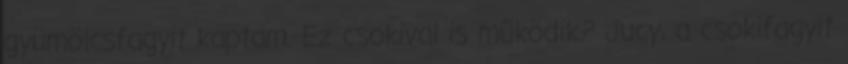
gyümölcsfagyit kaptam. Ez csokival is működik? Jucy, a csokifagyit